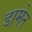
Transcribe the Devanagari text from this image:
डामेन